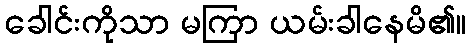
ခေါင်းကိုသာ မကြာ ယမ်းခါနေမိ၏။